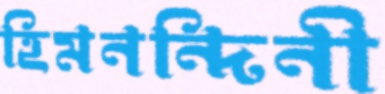
হিমনন্দিনী